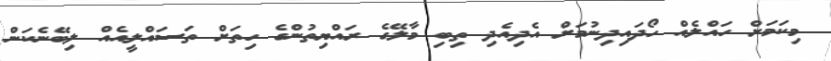
މިކަމަށް ހައްލެއް ހޯދައިދިނުމަށް އެދިއެދި ތިބި މާލޭގެ ރައްޔިތުންގެ ހިތަށް ތަސައްލީއެއް ލިބޭނެކަން